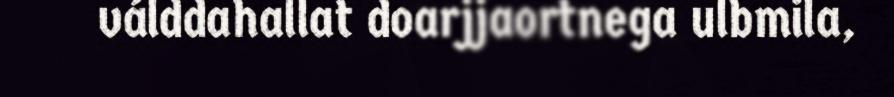
válddahallat doarjjaortnega ulbmila,